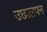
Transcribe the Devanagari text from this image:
उछालपन